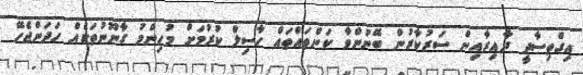
އިގްތިސާދީ ދާއިރާއިން ސަރުކާރުން ބޭނުންވާ ކަންތައްތައް ހާސިލް ކުރުމަށް މުހިންމު ގާނޫނުތަކެއް ހަދަންޖެހޭ